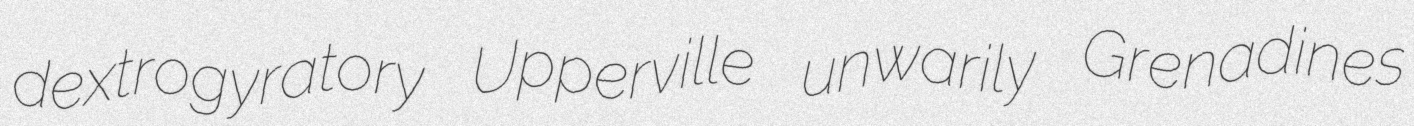
dextrogyratory Upperville unwarily Grenadines